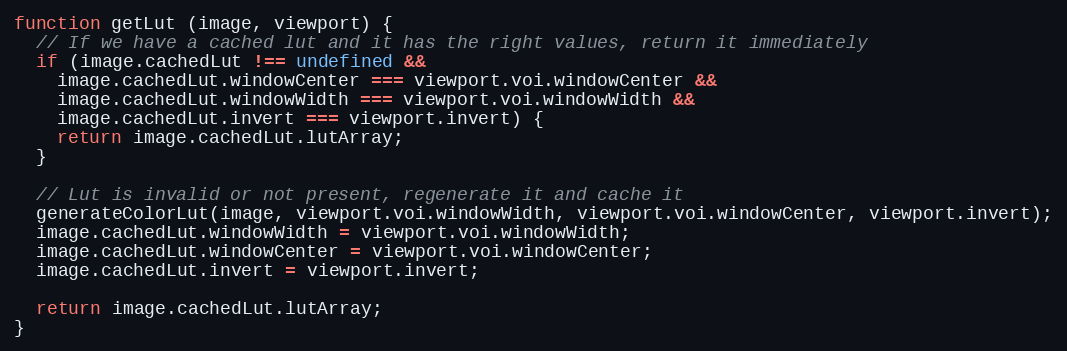
Language: JavaScript
function getLut (image, viewport) {
  // If we have a cached lut and it has the right values, return it immediately
  if (image.cachedLut !== undefined &&
    image.cachedLut.windowCenter === viewport.voi.windowCenter &&
    image.cachedLut.windowWidth === viewport.voi.windowWidth &&
    image.cachedLut.invert === viewport.invert) {
    return image.cachedLut.lutArray;
  }

  // Lut is invalid or not present, regenerate it and cache it
  generateColorLut(image, viewport.voi.windowWidth, viewport.voi.windowCenter, viewport.invert);
  image.cachedLut.windowWidth = viewport.voi.windowWidth;
  image.cachedLut.windowCenter = viewport.voi.windowCenter;
  image.cachedLut.invert = viewport.invert;

  return image.cachedLut.lutArray;
}